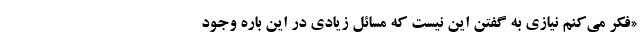
«فکر می‌کنم نیازی به گفتن این نیست که مسائل زیادی در این باره وجود